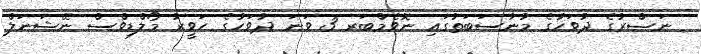
ނަޞްރުގެ ދުވަހުގެ މުނާސަބަތުގައި ނޮވެމްބަރ 3 ވަނަ ދުވަހުގެ ހަވީރު މޯލްޑިވްސް ނޭޝަނަލް